Civil Veterinary Department. Madras. Admin. report 1926-33 - 1926-1933
Year: 1926
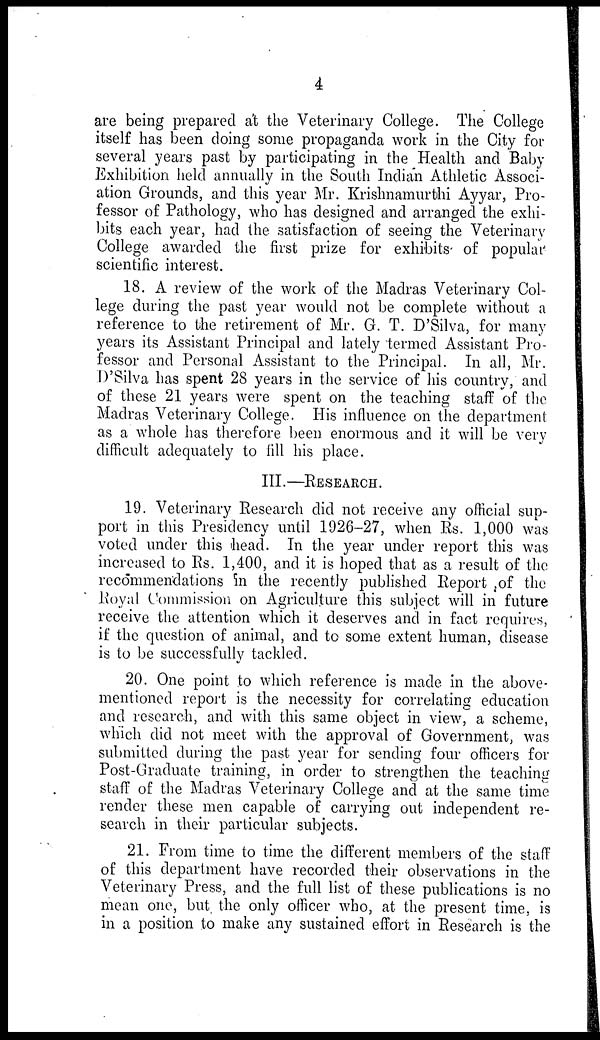
4
are being prepared at the Veterinary College. The College
itself has been doing some propaganda work in the City for
several years past by participating in the Health and Baby
Exhibition held annually in the South Indian Athletic Associ-
ation Grounds, and this year Mr. Krishnamurthi Ayyar, Pro-
fessor of Pathology, who has designed and arranged the exhi-
bits each year, had the satisfaction of seeing the Veterinary
College awarded the first prize for exhibits of popular
scientific interest.
18. A review of the work of the Madras Veterinary Col-
lege during the past year would not be complete without a
reference to the retirement of Mr. G. T. D'Silva, for many
years its Assistant Principal and lately "termed Assistant Pro-
fessor and Personal Assistant to the Principal. In all, Mr.
D'Silva has spent 28 years in the service of his country, and
of these 21 years were spent on the teaching staff of the
Madras Veterinary College. His influence on the department
as a whole has therefore been enormous and it will be very
difficult adequately to fill his place.
III.—RESEARCH.
19. Veterinary Research did not receive any official sup-
port in this Presidency until 1926-27, when Rs. 1,000 was
voted under this head. In the year under report this was
increased to Rs. 1,400, and it is hoped that as a result of the
recommendations in the recently published Report of the
Royal Commission on Agriculture this subject will in future
receive the attention which it deserves and in fact requires,
if the question of animal, and to some extent human, disease
is to be successfully tackled.
20. One point to which reference is made in the above-
mentioned report is the necessity for correlating education
and research, and with this same object in view, a scheme,
which did not meet with the approval of Government, was
submitted during the past year for sending four officers for
Post-Graduate training, in order to strengthen the teaching
staff of the Madras Veterinary College and at the same time
render these men capable of carrying out independent re-
search in their particular subjects.
21. From time to time the different members of the staff
of this department have recorded their observations in the
Veterinary Press, and the full list of these publications is no
mean one, but the only officer who, at the present time, is
in a position to make any sustained effort in Research is the